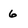
Character: 6